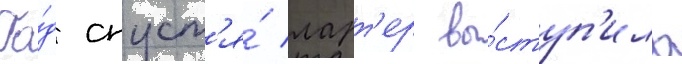
Го́д спуст'я́ ларт'ер вы́ступ'ила